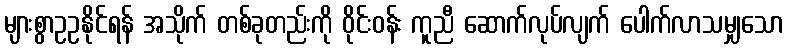
များစွာဥဥနိုင်ရန် အသိုက် တစ်ခုတည်းကို ဝိုင်းဝန်း ကူညီ ဆောက်လုပ်လျက် ပေါက်လာသမျှသော